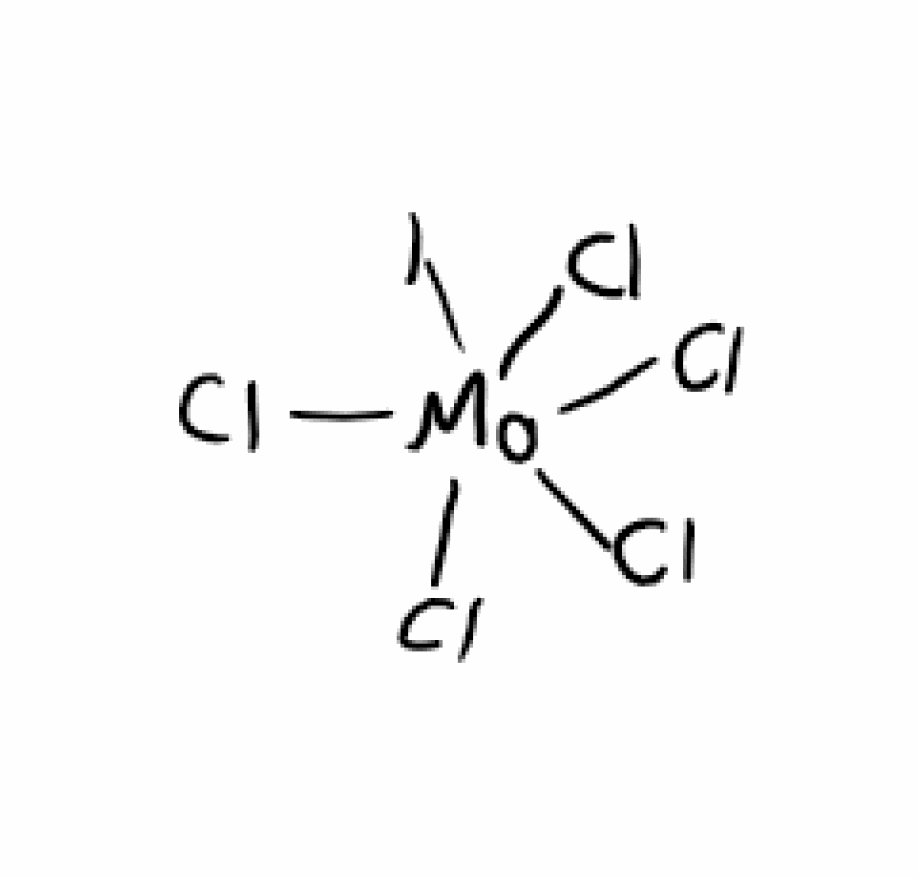
Simplified molecular-input line-entry system (SMILES) notation of the given molecule:
Cl[Mo](Cl)(Cl)(Cl)(Cl)I